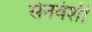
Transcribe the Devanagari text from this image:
सेनवंशी